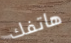
هاتفك